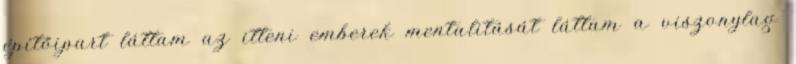
építőipart láttam az itteni emberek mentalitását láttam a viszonylag